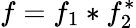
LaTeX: f=f_{1}*f_{2}^{*}